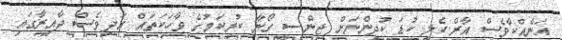
އަނެއްކާވެސް އާރް.ކެލީ ކުޑަ ކުދިންނަށް ޖިންސީ ގޯނާ ކުރިކަމުގެ ވާހަކަތައް އަދިވެސް ދާއިރާގައި